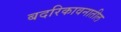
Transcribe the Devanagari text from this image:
बदरिकावनातील